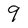
Character: 9